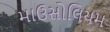
માઉસોલિયમ